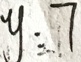
y : 7